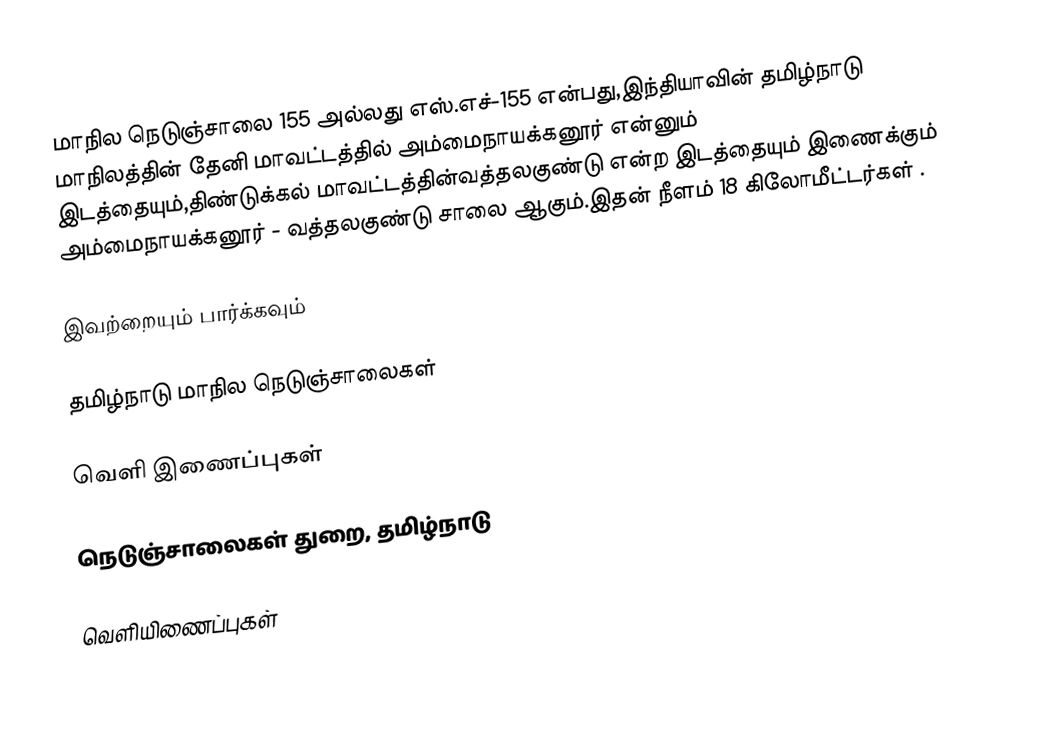
மாநில நெடுஞ்சாலை 155 அல்லது எஸ்.எச்-155 என்பது,இந்தியாவின் தமிழ்நாடு மாநிலத்தின் தேனி மாவட்டத்தில் அம்மைநாயக்கனூர் என்னும் இடத்தையும்,திண்டுக்கல் மாவட்டத்தின்வத்தலகுண்டு என்ற இடத்தையும் இணைக்கும் அம்மைநாயக்கனூர் - வத்தலகுண்டு சாலை ஆகும்.இதன் நீளம் 18 கிலோமீட்டர்கள் .

இவற்றையும் பார்க்கவும்

 தமிழ்நாடு மாநில நெடுஞ்சாலைகள்

வெளி இணைப்புகள்

 நெடுஞ்சாலைகள் துறை, தமிழ்நாடு

வெளியிணைப்புகள்